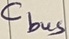
Text: Cbus